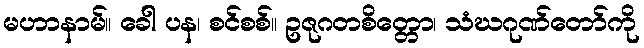
မဟာနာမ်။ ခေါ ပန၊ စင်စစ်။ ဥဇုဂတစိတ္တော၊ သံဃဂုဏ်တော်ကို